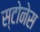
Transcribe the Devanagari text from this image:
स्टोनेस